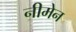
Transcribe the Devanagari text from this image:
नीमेन